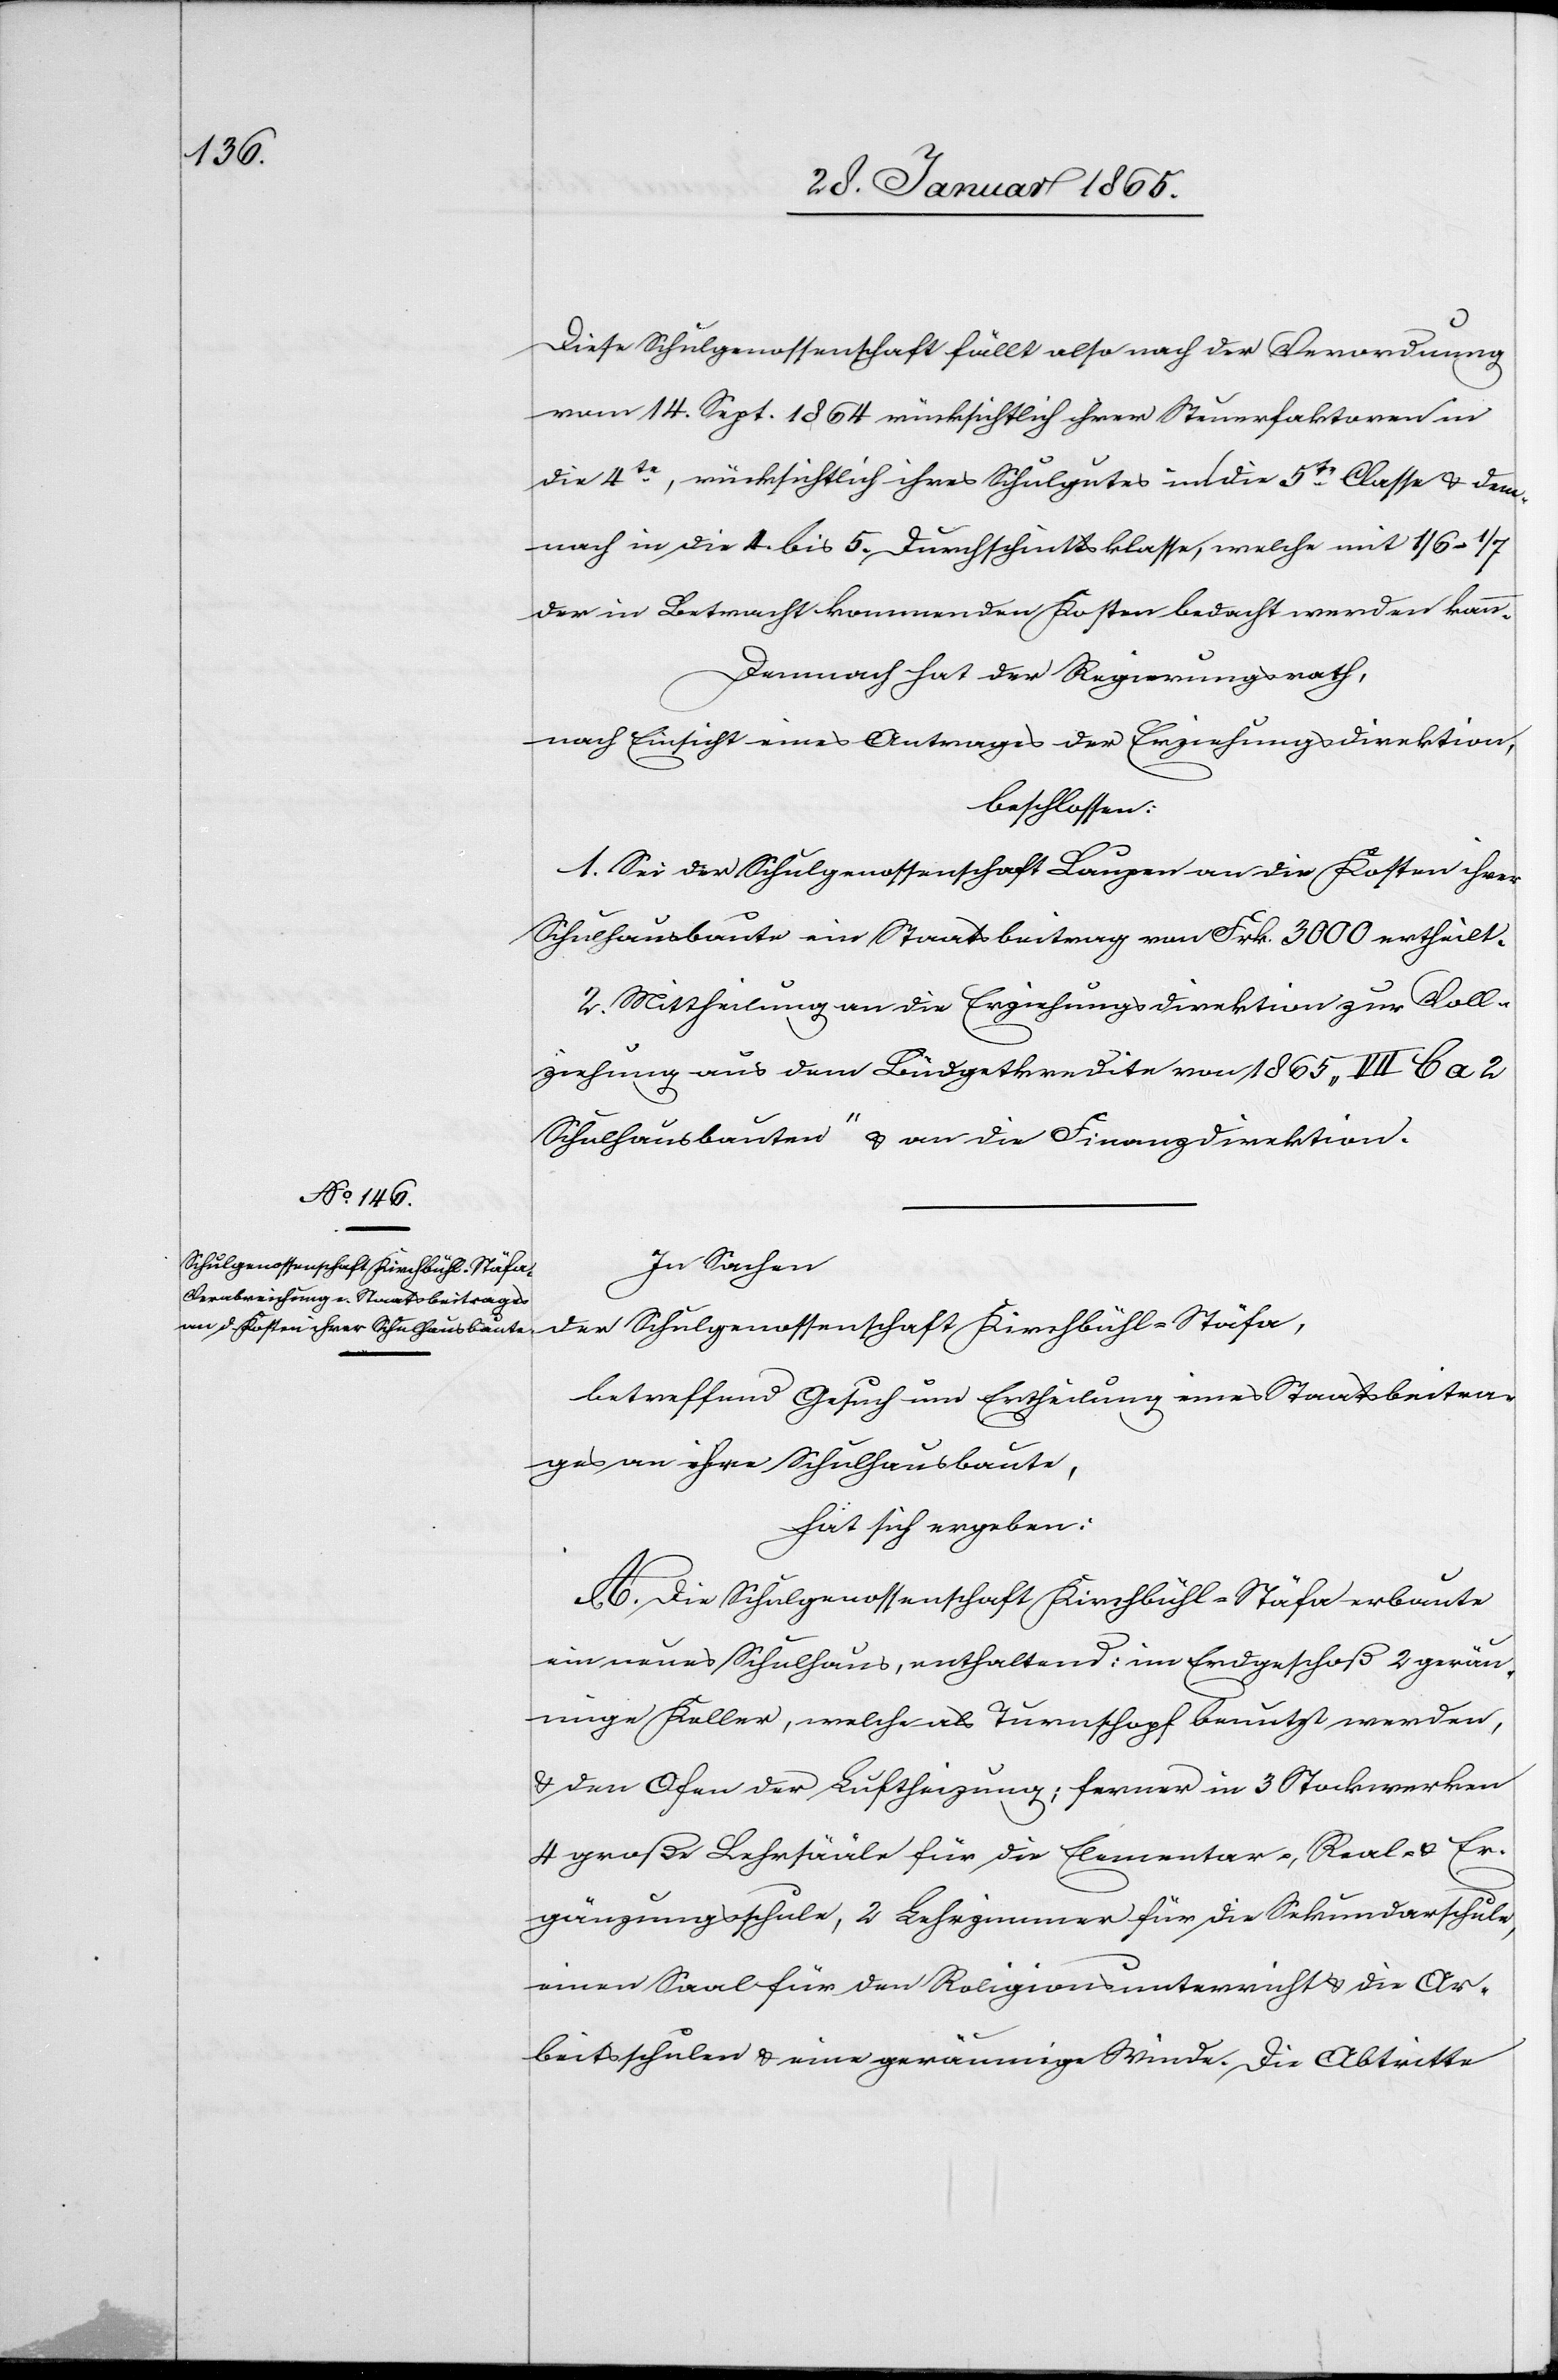
Diese Schulgenossenschaft fällt also nach der Verordnung
vom 14. Sept. 1864 rücksichtlich ihrer Steuerfaktoren in
die 4te, rücksichtlich ihres Schulgutes in die 5te Classe u. dem¬
nach in die 4. bis 5. Durchschnittsklasse, welche mit 1/6–1/7
der in Betracht kommenden Kosten bedacht werden kann.
Demnach hat der Regierungsrath,
nach Einsicht eines Antrages der Erziehungsdirektion,
beschlossen:
1. Sei der Schulgenossenschaft Laupen an die Kosten ihrer
Schulhausbaute ein Staatsbeitrag von Frk. 3000 ertheilt.
2. Mittheilung an die Erziehungsdirektion zur Voll¬
ziehung aus dem Büdgetkredite von 1865 „VII b a 2
Schulhausbauten“ u. an die Finanzdirektion.
In Sachen
der Schulgenossenschaft Kirchbühl-Stäfa,
betreffend Gesuch um Ertheilung eines Staatsbeitra¬
ges an ihre Schulhausbaute,
hat sich ergeben:
A. Die Schulgenossenschaft Kirchbühl-Stäfa erbaute
ein neues Schulhaus, enthaltend: im Erdgeschoß 2 geräu¬
mige Keller, welche als Turnschopf benutzt werden,
u. den Ofen der Luftheizung; ferner in 3 Stockwerken
4 große Lehrsääle für die Elementar-, Real- u. Er¬
gänzungsschule, 2 Lehrzimmer für die Sekundarschule,
einen Saal für den Religionsunterricht u. die Ar¬
beitsschulen u. eine geräumige Winde. Die Abtritte